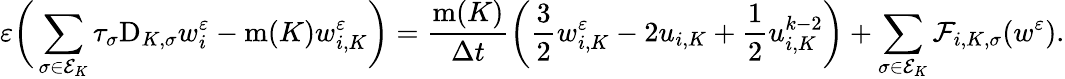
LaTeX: \varepsilon\bigg(\sum_{\sigma\in{\mathcal E}_{K}}\tau_{\sigma}\mathrm{D}_{K,\sigma}w_{i}^{\varepsilon}-\operatorname{m}(K)w_{i,K}^{\varepsilon}\bigg)=\frac{\operatorname{m}(K)}{\Delta t}\bigg(\frac 32w_{i,K}^{\varepsilon}-2u_{i,K}+\frac 12u_{i,K}^{k-2}\bigg)+\sum_{\sigma\in{\mathcal E}_{K}}{\mathcal F}_{i,K,\sigma}(w^{\varepsilon}).